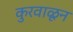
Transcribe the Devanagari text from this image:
कुरवाळून